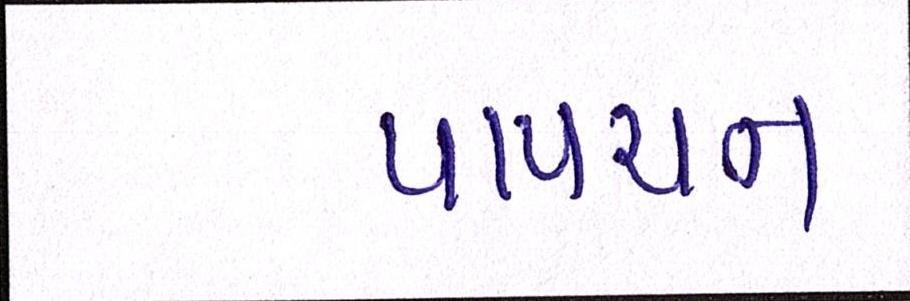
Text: પાપચન